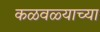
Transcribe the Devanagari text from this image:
कळवळ्याच्या